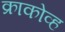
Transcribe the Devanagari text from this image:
क्राकोव्ह